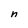
Character: n